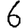
Digit: 6